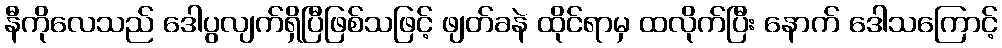
နီကိုလေသည် ဒေါပွလျက်ရှိပြီဖြစ်သဖြင့် ဖျတ်ခနဲ ထိုင်ရာမှ ထလိုက်ပြီး နောက် ဒေါသကြောင့်